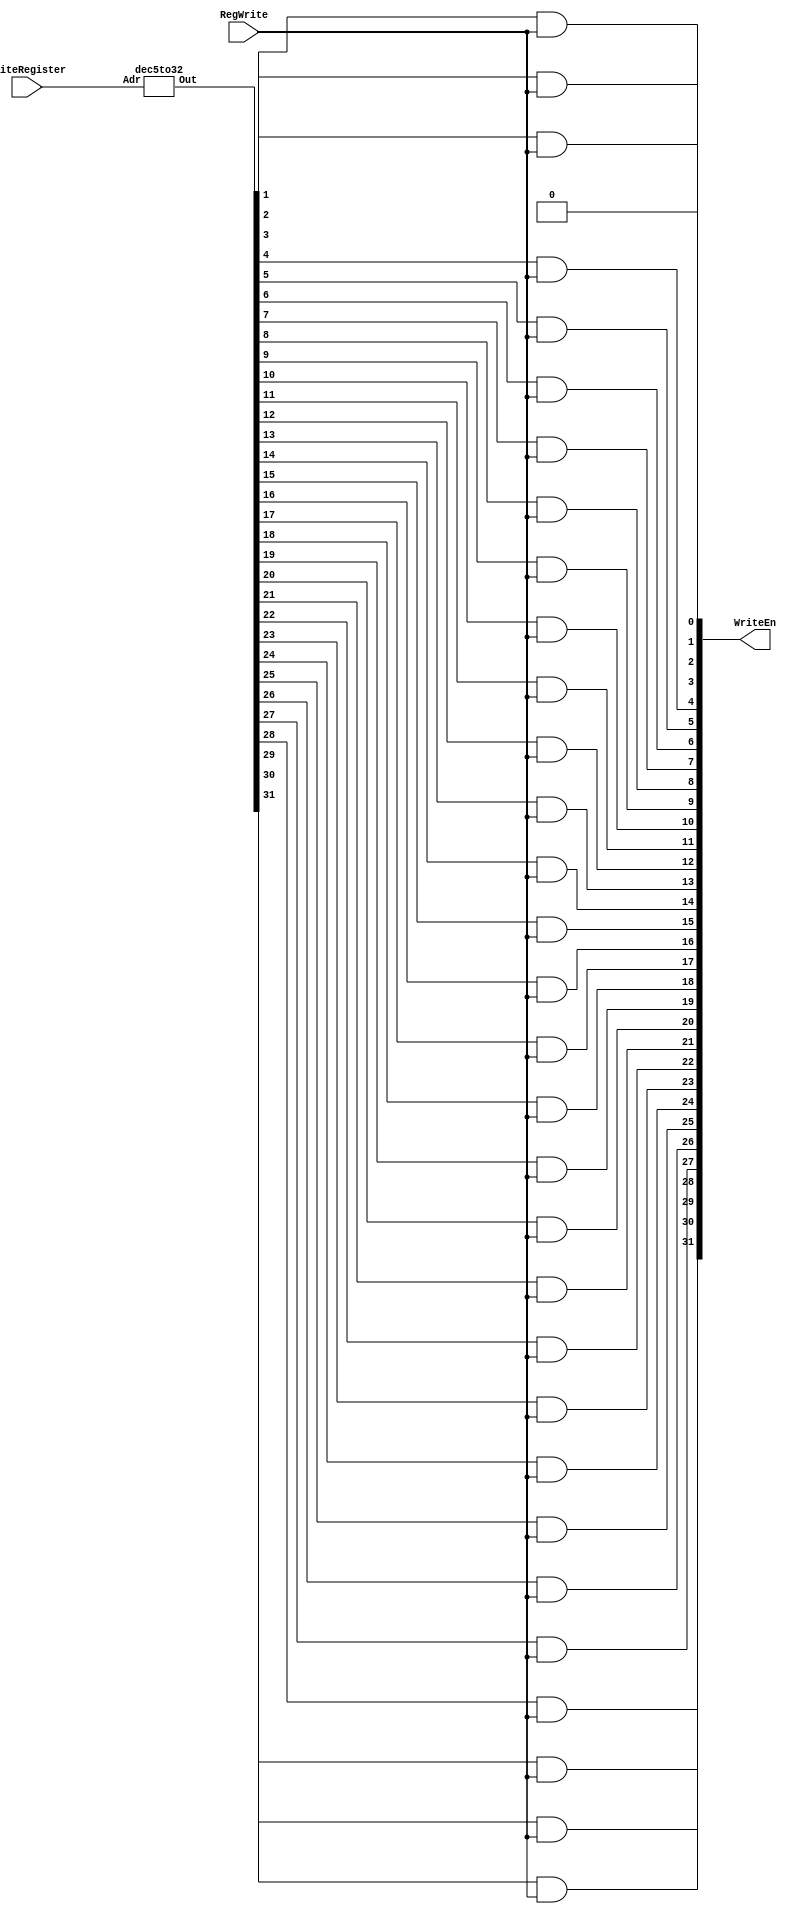
`timescale 1ns / 1ps
//////////////////////////////////////////////////////////////////////////////////
// Company: 
// 
// Design Name: 
// Module Name:    decoder 
// Project Name: 
// Target Devices: 
// Tool versions: 
// Description: 
//
// Dependencies: 
//
// Revision: 
// Revision 0.01 - File Created
// Additional Comments: 
//
//////////////////////////////////////////////////////////////////////////////////
module decoder(WriteEn,RegWrite, WriteRegister);  
 input RegWrite;  
 input [4:0] WriteRegister;  
 output [31:0] WriteEn;  
 wire [31:0] OE; // Output Enable  
 dec5to32 dec(OE,WriteRegister);  
 assign WriteEn[0]=0;  
  and #(50) gate1(WriteEn[1],OE[1],RegWrite);  
  and #(50) gate2(WriteEn[2],OE[2],RegWrite);  
  and #(50) gate3(WriteEn[3],OE[3],RegWrite);  
  and #(50) gate4(WriteEn[4],OE[4],RegWrite);  
  and #(50) gate5(WriteEn[5],OE[5],RegWrite);  
  and #(50) gate6(WriteEn[6],OE[6],RegWrite);  
  and #(50) gate7(WriteEn[7],OE[7],RegWrite);  
  and #(50) gate8(WriteEn[8],OE[8],RegWrite);  
  and #(50) gate9(WriteEn[9],OE[9],RegWrite);  
  and #(50) gate10(WriteEn[10],OE[10],RegWrite);  
  and #(50) gate11(WriteEn[11],OE[11],RegWrite);  
  and #(50) gate12(WriteEn[12],OE[12],RegWrite);  
  and #(50) gate13(WriteEn[13],OE[13],RegWrite);  
  and #(50) gate14(WriteEn[14],OE[14],RegWrite);  
  and #(50) gate15(WriteEn[15],OE[15],RegWrite);  
  and #(50) gate16(WriteEn[16],OE[16],RegWrite);  
  and #(50) gate17(WriteEn[17],OE[17],RegWrite);  
  and #(50) gate18(WriteEn[18],OE[18],RegWrite);  
  and #(50) gate19(WriteEn[19],OE[19],RegWrite);  
  and #(50) gate20(WriteEn[20],OE[20],RegWrite);  
  and #(50) gate21(WriteEn[21],OE[21],RegWrite);  
  and #(50) gate22(WriteEn[22],OE[22],RegWrite);  
  and #(50) gate23(WriteEn[23],OE[23],RegWrite);  
  and #(50) gate24(WriteEn[24],OE[24],RegWrite);  
  and #(50) gate25(WriteEn[25],OE[25],RegWrite);  
  and #(50) gate26(WriteEn[26],OE[26],RegWrite);  
  and #(50) gate27(WriteEn[27],OE[27],RegWrite);  
  and #(50) gate28(WriteEn[28],OE[28],RegWrite);  
  and #(50) gate29(WriteEn[29],OE[29],RegWrite);  
  and #(50) gate30(WriteEn[30],OE[30],RegWrite);  
  and #(50) gate31(WriteEn[31],OE[31],RegWrite);  
 endmodule  
 module andmore(g,a,b,c,d,e);  
  output g;  
  input a,b,c,d,e;  
  and #(50) and1(f1,a,b,c,d),  
       and2(g,f1,e);  
 endmodule  
 module dec5to32(Out,Adr);  
 input [4:0] Adr; // Adr=Address of register  
 output [31:0] Out;  
 not #(50) Inv4(Nota, Adr[4]);  
 not #(50) Inv3(Notb, Adr[3]);  
 not #(50) Inv2(Notc, Adr[2]);  
 not #(50) Inv1(Notd, Adr[1]);  
 not #(50) Inv0(Note, Adr[0]);  
 andmore a0(Out[0], Nota,Notb,Notc,Notd,Note); // 00000  
 andmore a1(Out[1], Nota,Notb,Notc,Notd,Adr[0]); // 00001  
 andmore a2(Out[2], Nota,Notb,Notc,Adr[1],Note); //00010  
 andmore a3(Out[3], Nota,Notb,Notc,Adr[1],Adr[0]);  
 andmore a4(Out[4], Nota,Notb,Adr[2],Notd,Note);  
 andmore a5(Out[5], Nota,Notb,Adr[2],Notd,Adr[0]);  
 andmore a6(Out[6], Nota,Notb,Adr[2],Adr[1],Note);  
 andmore a7(Out[7], Nota,Notb,Adr[2],Adr[1],Adr[0]);  
 andmore a8(Out[8],  Nota,Adr[3],Notc,Notd,Note);  
 andmore a9(Out[9],  Nota,Adr[3],Notc,Notd,Adr[0]);  
 andmore a10(Out[10], Nota,Adr[3],Notc,Adr[1],Note);  
 andmore a11(Out[11], Nota,Adr[3],Notc,Adr[1],Adr[0]);  
 andmore a12(Out[12], Nota,Adr[3],Adr[2],Notd,Note);  
 andmore a13(Out[13], Nota,Adr[3],Adr[2],Notd,Adr[0]);  
 andmore a14(Out[14], Nota,Adr[3],Adr[2],Adr[1],Note);  
 andmore a15(Out[15], Nota,Adr[3],Adr[2],Adr[1],Adr[0]);  
 andmore a16(Out[16], Adr[4],Notb,Notc,Notd,Note);  
 andmore a17(Out[17], Adr[4],Notb,Notc,Notd,Adr[0]);  
 andmore a18(Out[18], Adr[4],Notb,Notc,Adr[1],Note);  
 andmore a19(Out[19], Adr[4],Notb,Notc,Adr[1],Adr[0]);  
 andmore a20(Out[20], Adr[4],Notb,Adr[2],Notd,Note);  
 andmore a21(Out[21], Adr[4],Notb,Adr[2],Notd,Adr[0]);  
 andmore a22(Out[22], Adr[4],Notb,Adr[2],Adr[1],Note);  
 andmore a23(Out[23], Adr[4],Notb,Adr[2],Adr[1],Adr[0]);  
 andmore a24(Out[24], Adr[4],Adr[3],Notc,Notd,Note);  
 andmore a25(Out[25], Adr[4],Adr[3],Notc,Notd,Adr[0]);  
 andmore a26(Out[26], Adr[4],Adr[3],Notc,Adr[1],Note);  
 andmore a27(Out[27], Adr[4],Adr[3],Notc,Adr[1],Adr[0]);  
 andmore a28(Out[28], Adr[4],Adr[3],Adr[2],Notd,Note);  
 andmore a29(Out[29], Adr[4],Adr[3],Adr[2],Notd,Adr[0]);  
 andmore a30(Out[30], Adr[4],Adr[3],Adr[2],Adr[1],Note);  
 andmore a31(Out[31], Adr[4],Adr[3],Adr[2],Adr[1],Adr[0]); // 11111  
 endmodule